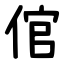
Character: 倌